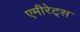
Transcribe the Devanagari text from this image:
एमीरेट्स